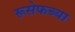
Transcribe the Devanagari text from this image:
रूसेफच्या